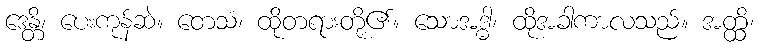
ဒေန္တိ၊ ပေးကုန်ဆဲ။ တေသံ၊ ထိုတရားတို့၏။ သောအဒ္ဓါ၊ ထိုအခါကာလသည်။ အတ္ထိ၊